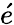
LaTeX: \acute{e}